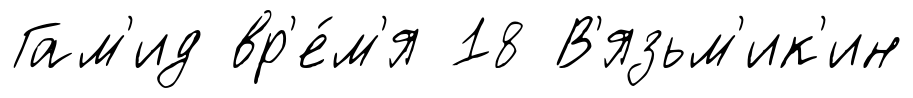
Гам'ид вр'е́м'я 18 В'язьм'ик'ин